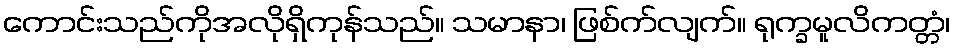
ကောင်းသည်ကိုအလိုရှိကုန်သည်။ သမာနာ၊ ဖြစ်က်လျက်။ ရုက္ခမူလိကတ္တံ၊